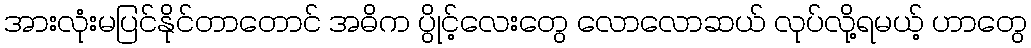
အားလုံးမပြင်နိုင်တာတောင် အဓိက ပွိုင့်လေးတွေ လောလောဆယ် လုပ်လို့ရမယ့် ဟာတွေ